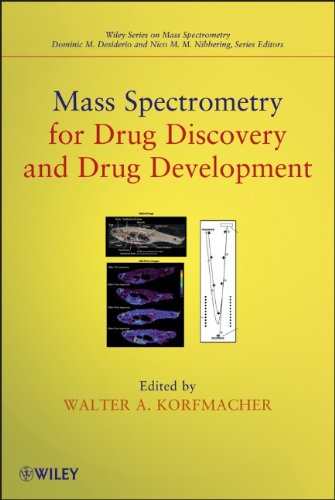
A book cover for Mass Spectrometry for Drug Discovery and Drug Development; Medical Books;